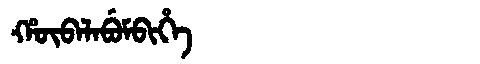
Manchu: ᡥᡡᠪᠠᠯᠠᠪᡠᠮᠪᡳᡥᡝ
Romanization: HŪBALABUMBIHE